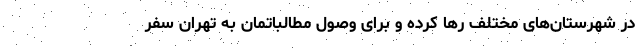
در شهرستان‌های مختلف رها کرده و برای وصول مطالباتمان به تهران سفر